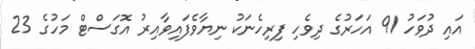
އައި ދުވަހު 91 އަހަރުގެ ދިވެހި ފިރިހެނަކު ނިޔާވެފައިވާއިރު އޮގަސްޓް މަހުގެ 23